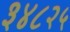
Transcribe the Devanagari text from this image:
३४८२५